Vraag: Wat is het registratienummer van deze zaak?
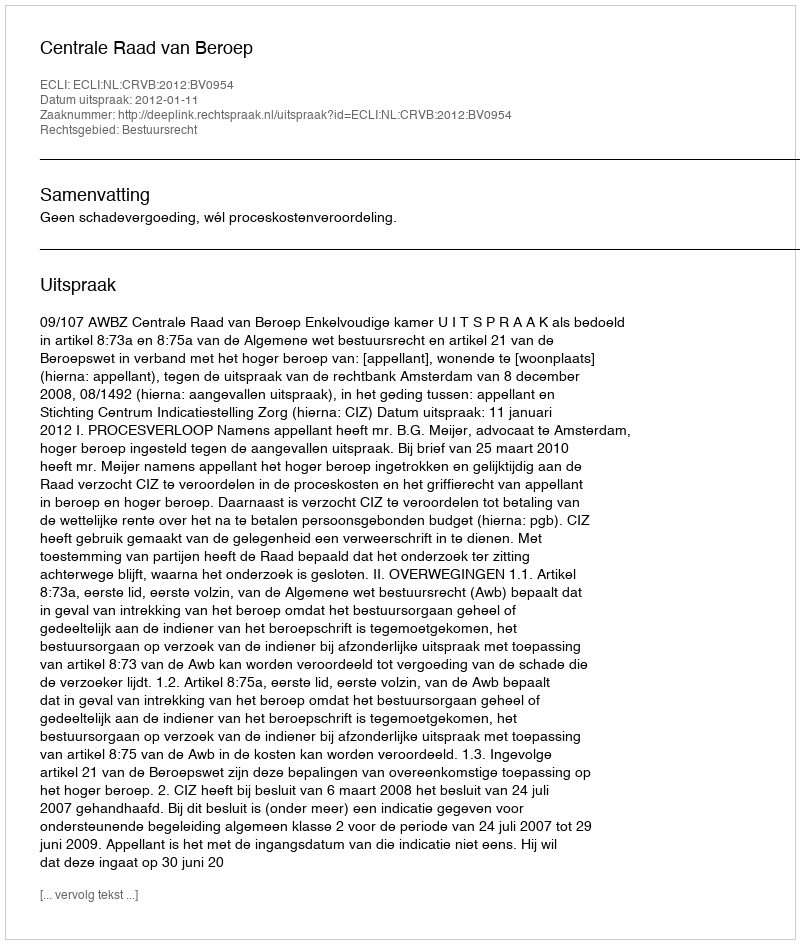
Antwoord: http://deeplink.rechtspraak.nl/uitspraak?id=ECLI:NL:CRVB:2012:BV0954